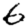
Digit: 6